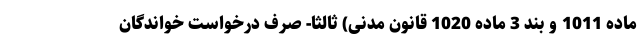
ماده 1011 و بند 3 ماده 1020 قانون مدنی) ثالثا- صرف درخواست خواندگان